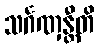
သင်္ဂဏှန္တီတိ